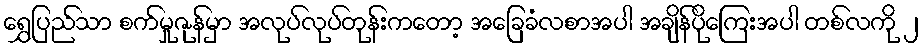
ရွှေပြည်သာ စက်မှုဇုန်မှာ အလုပ်လုပ်တုန်းကတော့ အခြေခံလစာအပါ အချိန်ပိုကြေးအပါ တစ်လကို ၂